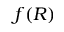
f ( R )